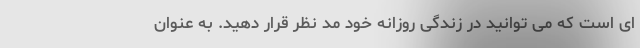
ای است که می توانید در زندگی روزانه خود مد نظر قرار دهید. به عنوان